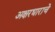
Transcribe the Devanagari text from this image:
अक्षरधाराचे